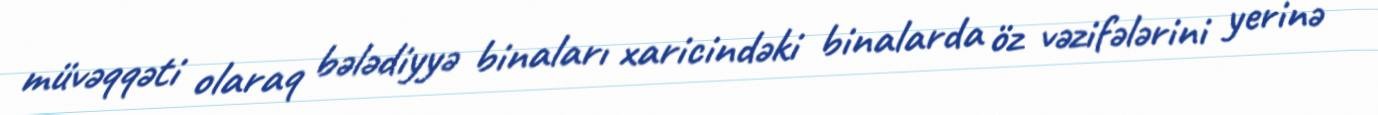
müvəqqəti olaraq bələdiyyə binaları xaricindəki binalarda öz vəzifələrini yerinə